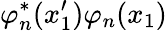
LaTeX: \varphi_{n}^{*}(x_{1}^{\prime})\varphi_{n}(x_{1})